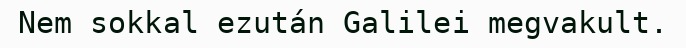
Nem sokkal ezután Galilei megvakult.